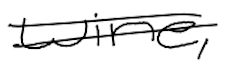
Text: wine,
Cross-out: double-line
Writing tool: digital_black